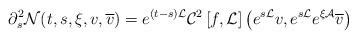
LaTeX: \begin{align*}\partial_{s}^2 \mathcal{N}(t,s,\xi,v,\overline v)= e^{(t-s) \mathcal{L}} \mathcal{C}^2\left[f, \mathcal{L}\right] \left(e^{s\mathcal{L}} v, e^{s\mathcal{L}} e^{\xi \mathcal{A}}\overline v \right)\end{align*}